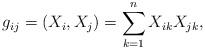
LaTeX: \begin{align*} g_{ij} = \left( X_i, X_j \right) = \sum_{k=1}^n X_{ik} X_{jk}, \end{align*}